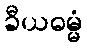
ခီယဓမ္မံ